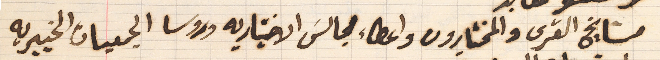
مشايخ القرى والمختارون واعضاء مجالسَ الاختياريه وروسا الجمعيات الخيرية